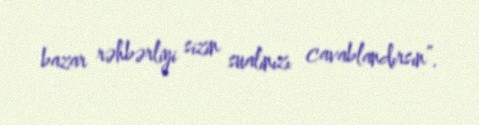
bazar rəhbərliyi sizin sualınızı cavablandırsın”.